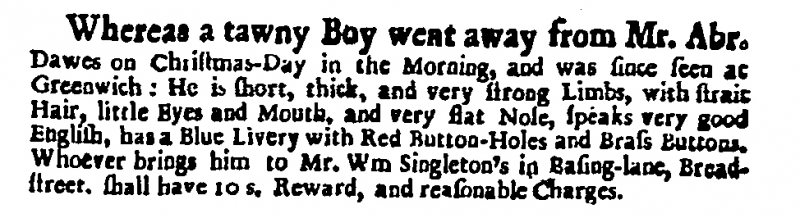
Daily Courant, 28 December 1714 (England)
Whereas a tawny Boy went away from Mr. Abr. Dawes on Christmas-Day in the Morning, and was since seen at Greenwich: He is short, thick, and very strong Limbs, with strait Hair, little Eyes and Mouth, and very flat Nose, speaks very good English, has a Blue Livery with Red Button-Holes and Brass Buttons. Whoever brings him to Mr. Wm Singleton’s in Basing-lane, Bread-street. shall have 10 s. Reward, and reasonable Charges.